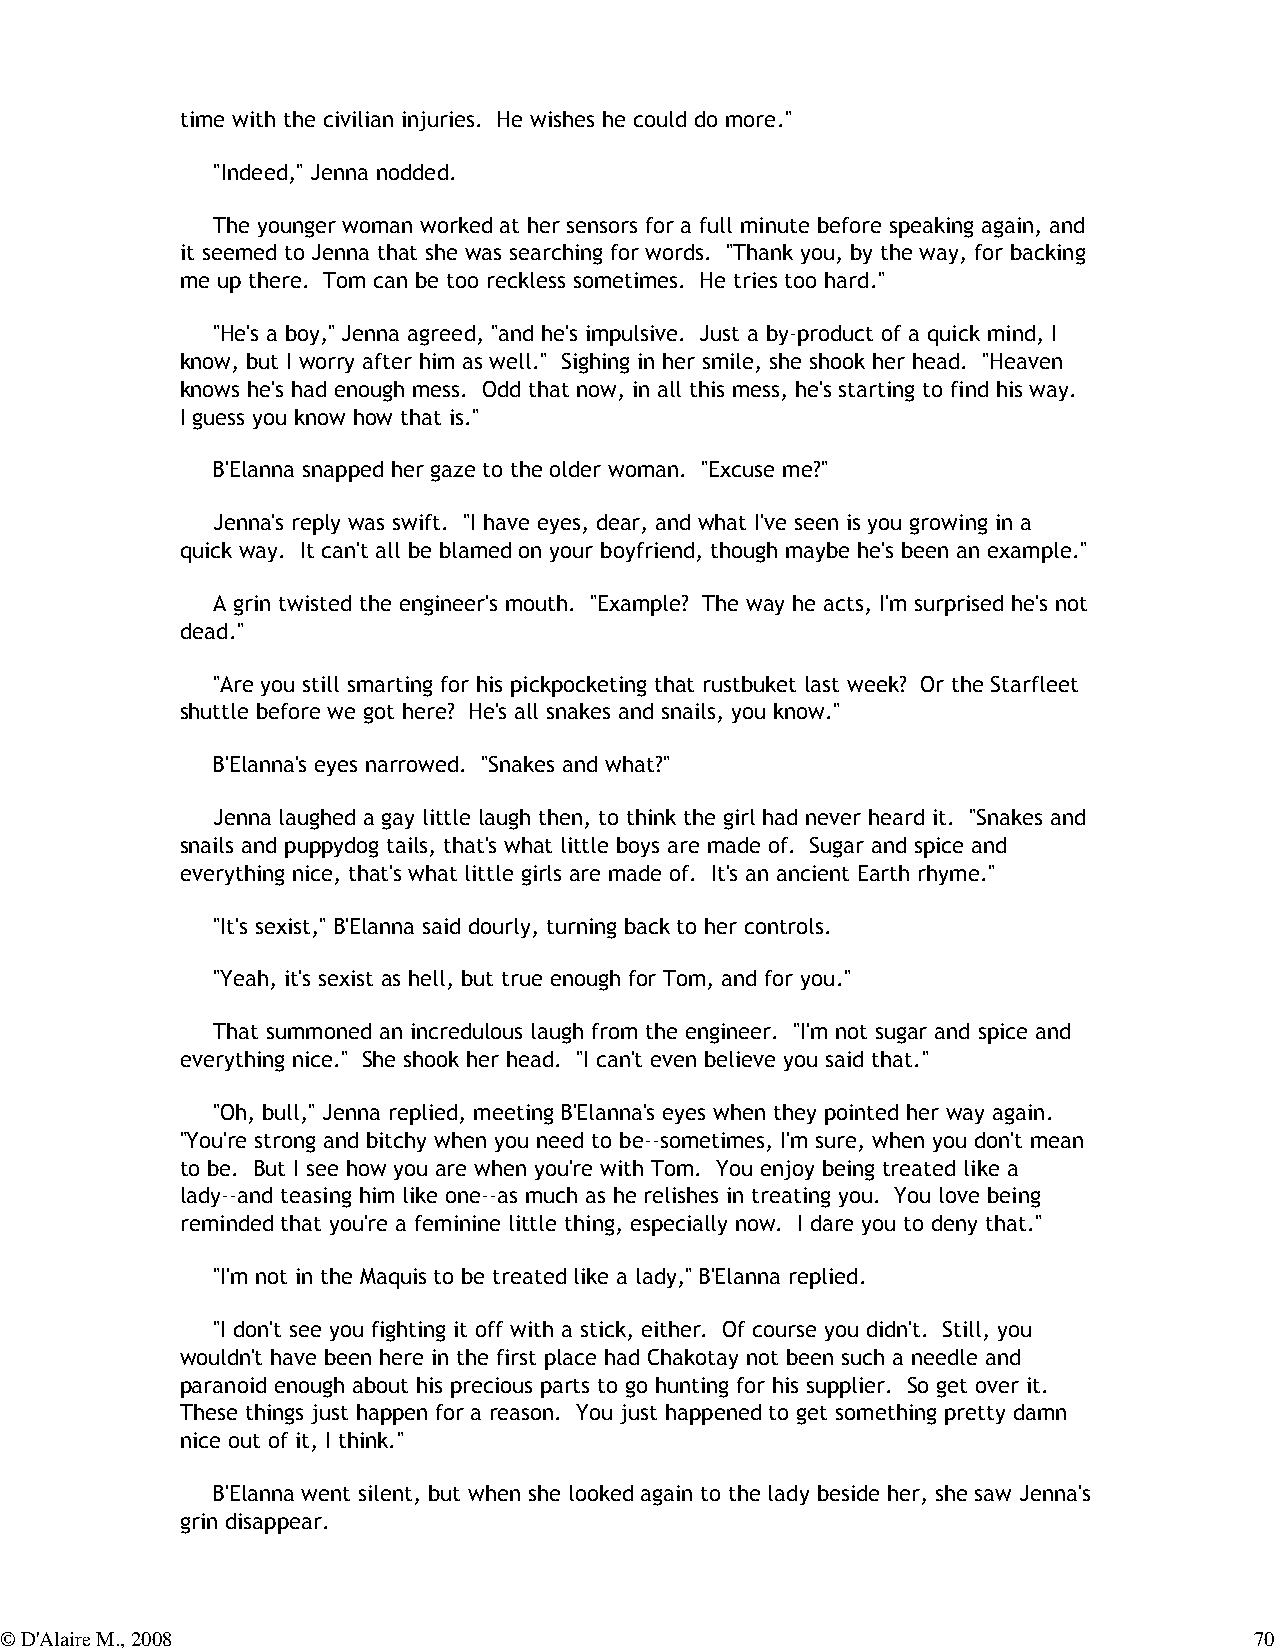
time with the civilian injuries. He wishes he could do more."
 "Indeed," Jenna nodded.
 The younger woman worked at her sensors for a full minute before speaking again, and
 it seemed to Jenna that she was searching for words. "Thank you, by the way, for backing
 me up there. Tom can be too reckless sometimes. He tries too hard."
 "He's a boy," Jenna agreed, "and he's impulsive. Just a by-product of a quick mind, I
 know, but I worry after him as well." Sighing in her smile, she shook her head. "Heaven
 knows he's had enough mess. Odd that now, in all this mess, he's starting to find his way.
 I guess you know how that is."
 B'Elanna snapped her gaze to the older woman. "Excuse me?"
 Jenna's reply was swift. "I have eyes, dear, and what I've seen is you growing in a
 quick way. It can't all be blamed on your boyfriend, though maybe he's been an example."
 A grin twisted the engineer's mouth. "Example? The way he acts, I'm surprised he's not
 dead."
 "Are you still smarting for his pickpocketing that rustbuket last week? Or the Starfleet
 shuttle before we got here? He's all snakes and snails, you know."
 B'Elanna's eyes narrowed. "Snakes and what?"
 Jenna laughed a gay little laugh then, to think the girl had never heard it. "Snakes and
 snails and puppydog tails, that's what little boys are made of. Sugar and spice and
 everything nice, that's what little girls are made of. It's an ancient Earth rhyme."
 "It's sexist," B'Elanna said dourly, turning back to her controls.
 "Yeah, it's sexist as hell, but true enough for Tom, and for you."
 That summoned an incredulous laugh from the engineer. "I'm not sugar and spice and
 everything nice." She shook her head. "I can't even believe you said that."
 "Oh, bull," Jenna replied, meeting B'Elanna's eyes when they pointed her way again.
 "You're strong and bitchy when you need to be--sometimes, I'm sure, when you don't mean
 to be. But I see how you are when you're with Tom. You enjoy being treated like a
 lady--and teasing him like one--as much as he relishes in treating you. You love being
 reminded that you're a feminine little thing, especially now. I dare you to deny that."
 "I'm not in the Maquis to be treated like a lady," B'Elanna replied.
 "I don't see you fighting it off with a stick, either. Of course you didn't. Still, you
 wouldn't have been here in the first place had Chakotay not been such a needle and
 paranoid enough about his precious parts to go hunting for his supplier. So get over it.
 These things just happen for a reason. You just happened to get something pretty damn
 nice out of it, I think."
 B'Elanna went silent, but when she looked again to the lady beside her, she saw Jenna's
 grin disappear.
 © D'Alaire M., 2008                                                                70